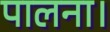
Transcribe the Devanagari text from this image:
पालना।